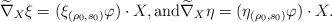
LaTeX: \begin{align*}\widetilde{\nabla}_{X}\xi=(\xi_{(\rho_{0}, s_{0})} \varphi )\cdot X, \mathrm{ and } \widetilde{\nabla}_{X}\eta=(\eta_{(\rho_{0}, s_{0})} \varphi )\cdot X.\end{align*}